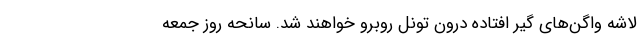
لاشه واگن‌های گیر افتاده درون تونل روبرو خواهند شد. سانحه روز جمعه